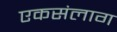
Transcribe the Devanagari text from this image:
एकसंलाग